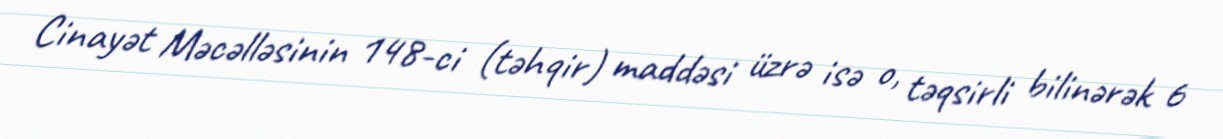
Cinayət Məcəlləsinin 148-ci (təhqir) maddəsi üzrə isə o, təqsirli bilinərək 6